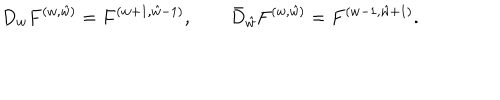
LaTeX: { D _ { w } F ^ { ( w , \hat { w } ) } = F ^ { ( w + 1 , \hat { w } - 1 ) } , \qquad \bar { D } _ { \hat { w } } F ^ { ( w , \hat { w } ) } = F ^ { ( w - 1 , \hat { w } + 1 ) } . }